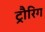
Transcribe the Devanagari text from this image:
ट्रौरिग